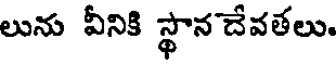
లును వీనికి స్థాన దేవతలు.